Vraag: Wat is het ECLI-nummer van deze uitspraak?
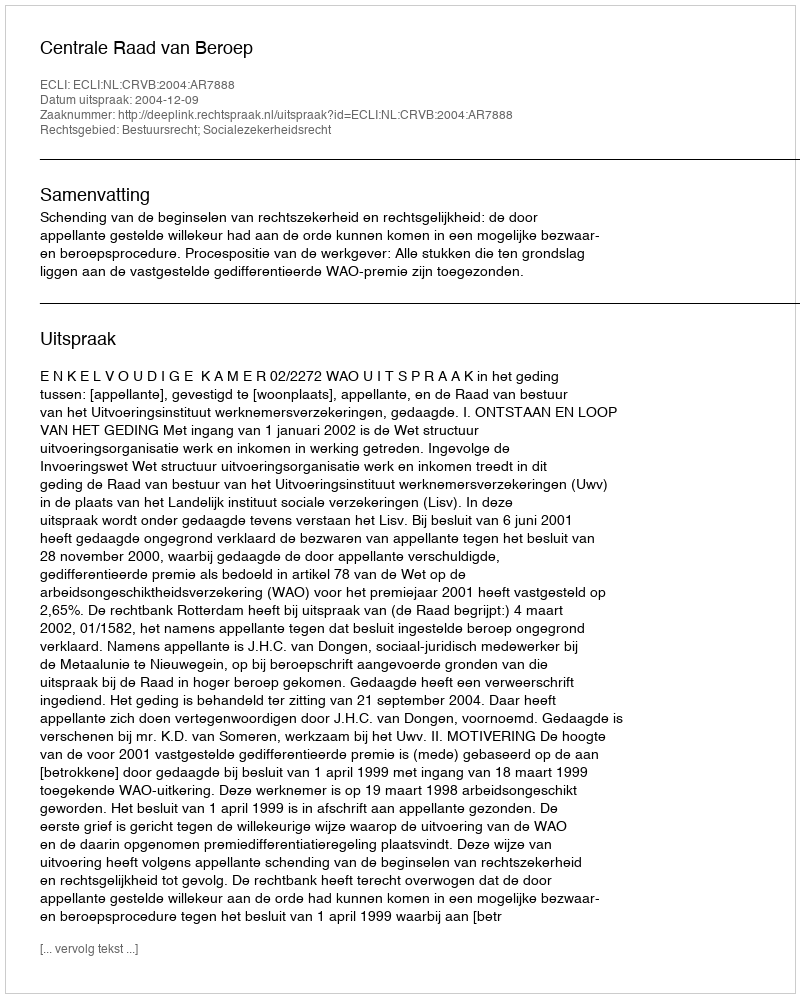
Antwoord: ECLI:NL:CRVB:2004:AR7888